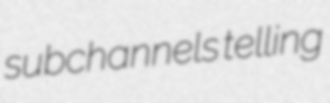
subchannels telling